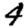
Digit: 4